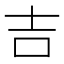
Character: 吉